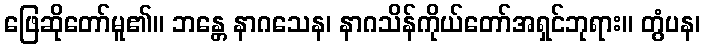
ဖြေဆိုတော်မူ၏။ ဘန္တေ နာဂသေန၊ နာဂသိန်ကိုယ်တော်အရှင်ဘုရား။ တွံပန၊